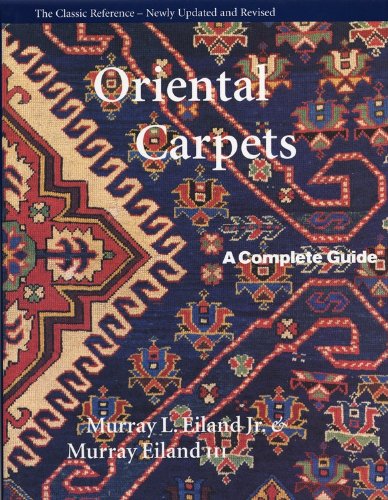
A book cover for Oriental Carpets: A Complete Guide - The Classic Reference; Murray L. Eiland; Crafts, Hobbies & Home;